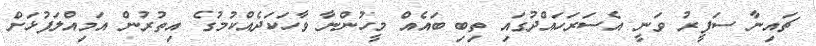
ޗައިނާ ސަފީރު ވަނީ އެސަރަހައްދުގައި ތިބި ބައެއް މީހުންނާ ވާހަކަދެއްކުމުގެ އިތުރުން އަމިއްލަފުޅަށް